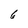
Character: 6